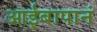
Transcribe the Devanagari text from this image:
आईबापानं